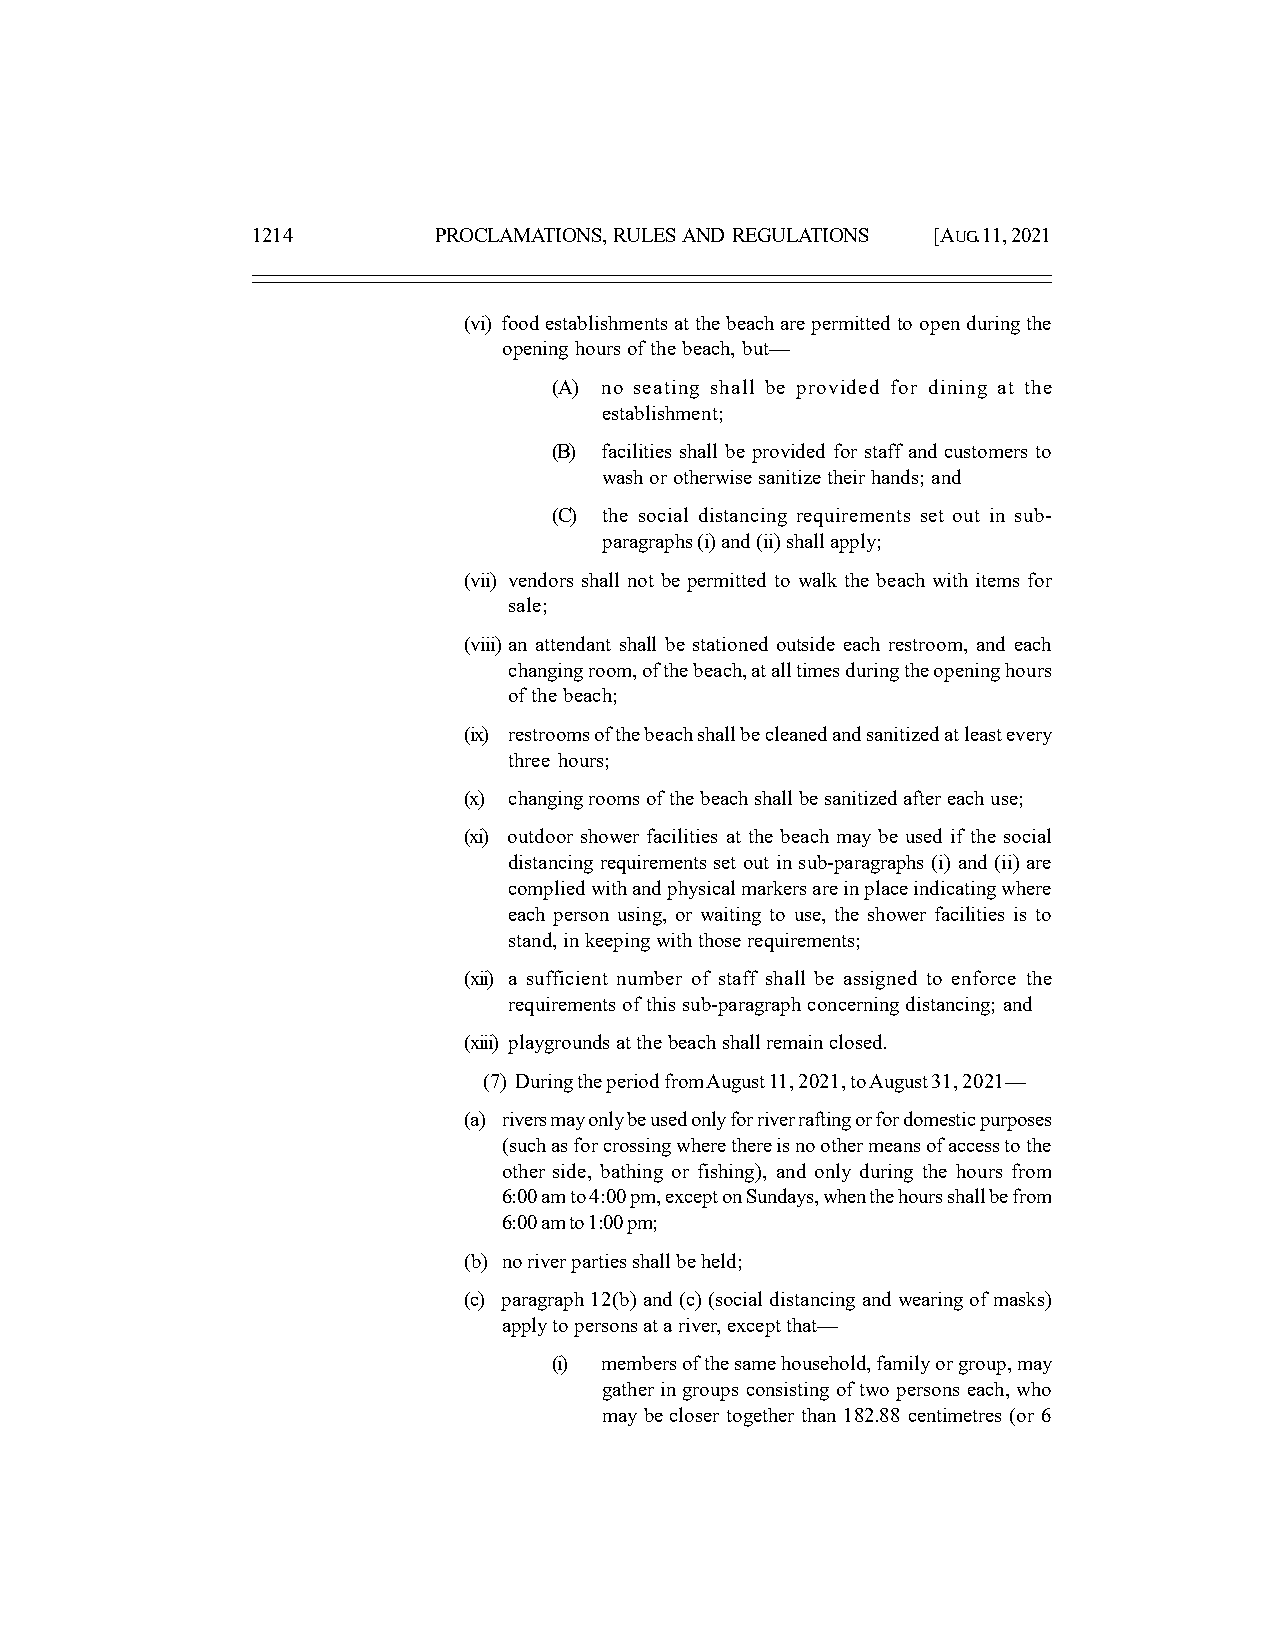
1214        PROCLAMATIONS, RULES AND REGULATIONS [AUG. 11, 2021
 (vi) food establishments at the beach are permitted to open during the
 opening hours of the beach, but—
 (A) no seating shall be provided for dining at the
 establishment;
 (B) facilities shall be provided for staff and customers to
 wash or otherwise sanitize their hands; and
 (C) the social distancing requirements set out in sub-
 paragraphs (i) and (ii) shall apply;
 (vii) vendors shall not be permitted to walk the beach with items for
 sale;
 (viii) an attendant shall be stationed outside each restroom, and each
 changing room, of the beach, at all times during the opening hours
 of the beach;
 (ix) restrooms of the beach shall be cleaned and sanitized at least every
 three hours;
 (x) changing rooms of the beach shall be sanitized after each use;
 (xi) outdoor shower facilities at the beach may be used if the social
 distancing requirements set out in sub-paragraphs (i) and (ii) are
 complied with and physical markers are in place indicating where
 each person using, or waiting to use, the shower facilities is to
 stand, in keeping with those requirements;
 (xii) a sufficient number of staff shall be assigned to enforce the
 requirements of this sub-paragraph concerning distancing; and
 (xiii) playgrounds at the beach shall remain closed.
 (7) During the period from August 11, 2021, to August 31, 2021—
 (a) rivers may only be used only for river rafting or for domestic purposes
 (such as for crossing where there is no other means of access to the
 other side, bathing or fishing), and only during the hours from
 6:00 am to 4:00 pm, except on Sundays, when the hours shall be from
 6:00 am to 1:00 pm;
 (b) no river parties shall be held;
 (c) paragraph 12(b) and (c) (social distancing and wearing of masks)
 apply to persons at a river, except that—
 (i) members of the same household, family or group, may
 gather in groups consisting of two persons each, who
 may be closer together than 182.88 centimetres (or 6